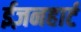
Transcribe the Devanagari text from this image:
ईज़नहार्ट